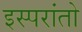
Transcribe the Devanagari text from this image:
इस्परांतो